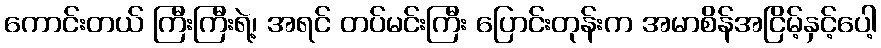
ကောင်းတယ် ကြီးကြီးရဲ့၊ အရင် တပ်မင်းကြီး ပြောင်းတုန်းက အမာစိန်အငြိမ့်နှင့်ပေါ့